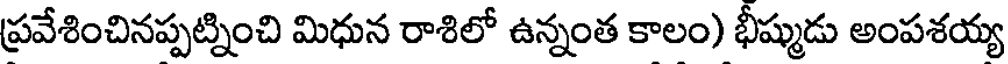
ప్రవేశించినప్పట్నించి మిధున రాశిలో ఉన్నంత కాలం) భీష్ముడు అంపశయ్య